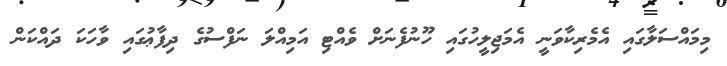
މިމައްސަލާގައި އެމެރިކާވަނީ އެމަޖިލީހުގައި ހޫނުފެނަށް ވެއްޓި އަމިއްލަ ނަފްސުގެ ދިފާޢުގައި ވާހަކަ ދައްކަން